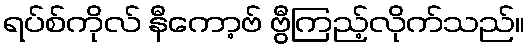
ရပ်စ်ကိုလ် နီကော့ဗ် ဗွီကြည့်လိုက်သည်။